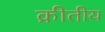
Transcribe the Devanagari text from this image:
क्रीतीय